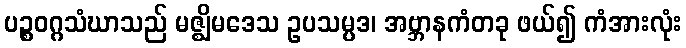
ပဉ္စဝဂ္ဂသံဃာသည် မဇ္ဈိမဒေသ ဥပသမ္ပဒ၊ အဗ္ဘာနကံတခု ဖယ်၍ ကံအားလုံး